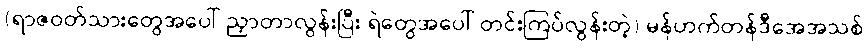
(ရာဇဝတ်သားတွေအပေါ် ညှာတာလွန်းပြီး ရဲတွေအပေါ် တင်းကြပ်လွန်းတဲ့) မန်ဟက်တန်ဒီအေအသစ်